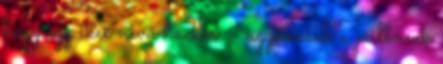
hogy egy ikee nevű hacker – ugyancsak a jailbreak